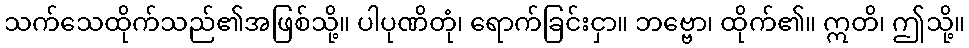
သက်သေထိုက်သည်၏အဖြစ်သို့။ ပါပုဏိတုံ၊ ရောက်ခြင်းငှာ။ ဘဗ္ဗော၊ ထိုက်၏။ ဣတိ၊ ဤသို့။